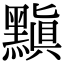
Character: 黰